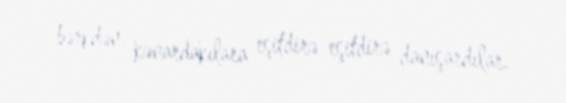
bərkdən, kənardakılara eşitdirə-eşitdirə danışardılar.